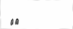
٣١